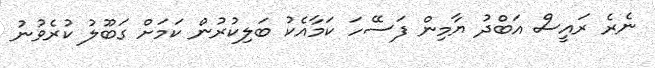
ނެރެ ރައީސް އަބްދު ޔާމިން ފަސޭހަ ކަމާއެކު ބަލިކުރުން ކަމަށް ގަބޫލު ކުރެވުނު